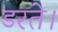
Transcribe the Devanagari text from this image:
डरते।